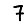
Digit: 7